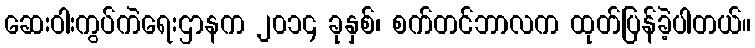
ဆေးဝါးကွပ်ကဲရေးဌာနက ၂၀၁၄ ခုနှစ်၊ စက်တင်ဘာလက ထုတ်ပြန်ခဲ့ပါတယ်။